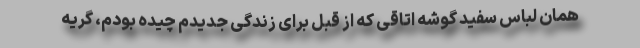
همان لباس سفید گوشه اتاقی که از قبل برای زندگی جدیدم چیده بودم، گریه